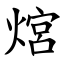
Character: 熍